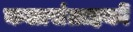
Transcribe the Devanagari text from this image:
कलासंग्राहकों